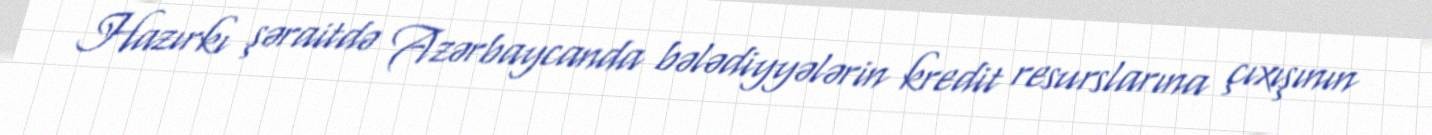
Hazırkı şəraitdə Azərbaycanda bələdiyyələrin kredit resurslarına çıxışının